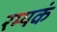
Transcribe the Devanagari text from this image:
रम्यकं